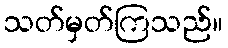
သတ်မှတ်ကြသည်။